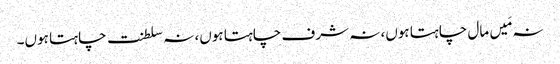
نہ مَیں مال چاہتا ہوں، نہ شرف چاہتا ہوں، نہ سلطنت چاہتا ہوں۔